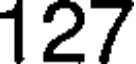
127